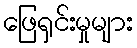
ဖြေရှင်းမှုများ